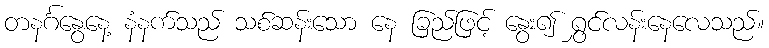
တနင်္ဂနွေနေ့ နံနက်သည် သစ်ဆန်းသော နေ ခြည်ဖြင့် နွေး၍ ရွှင်လန်းနေလေသည်။